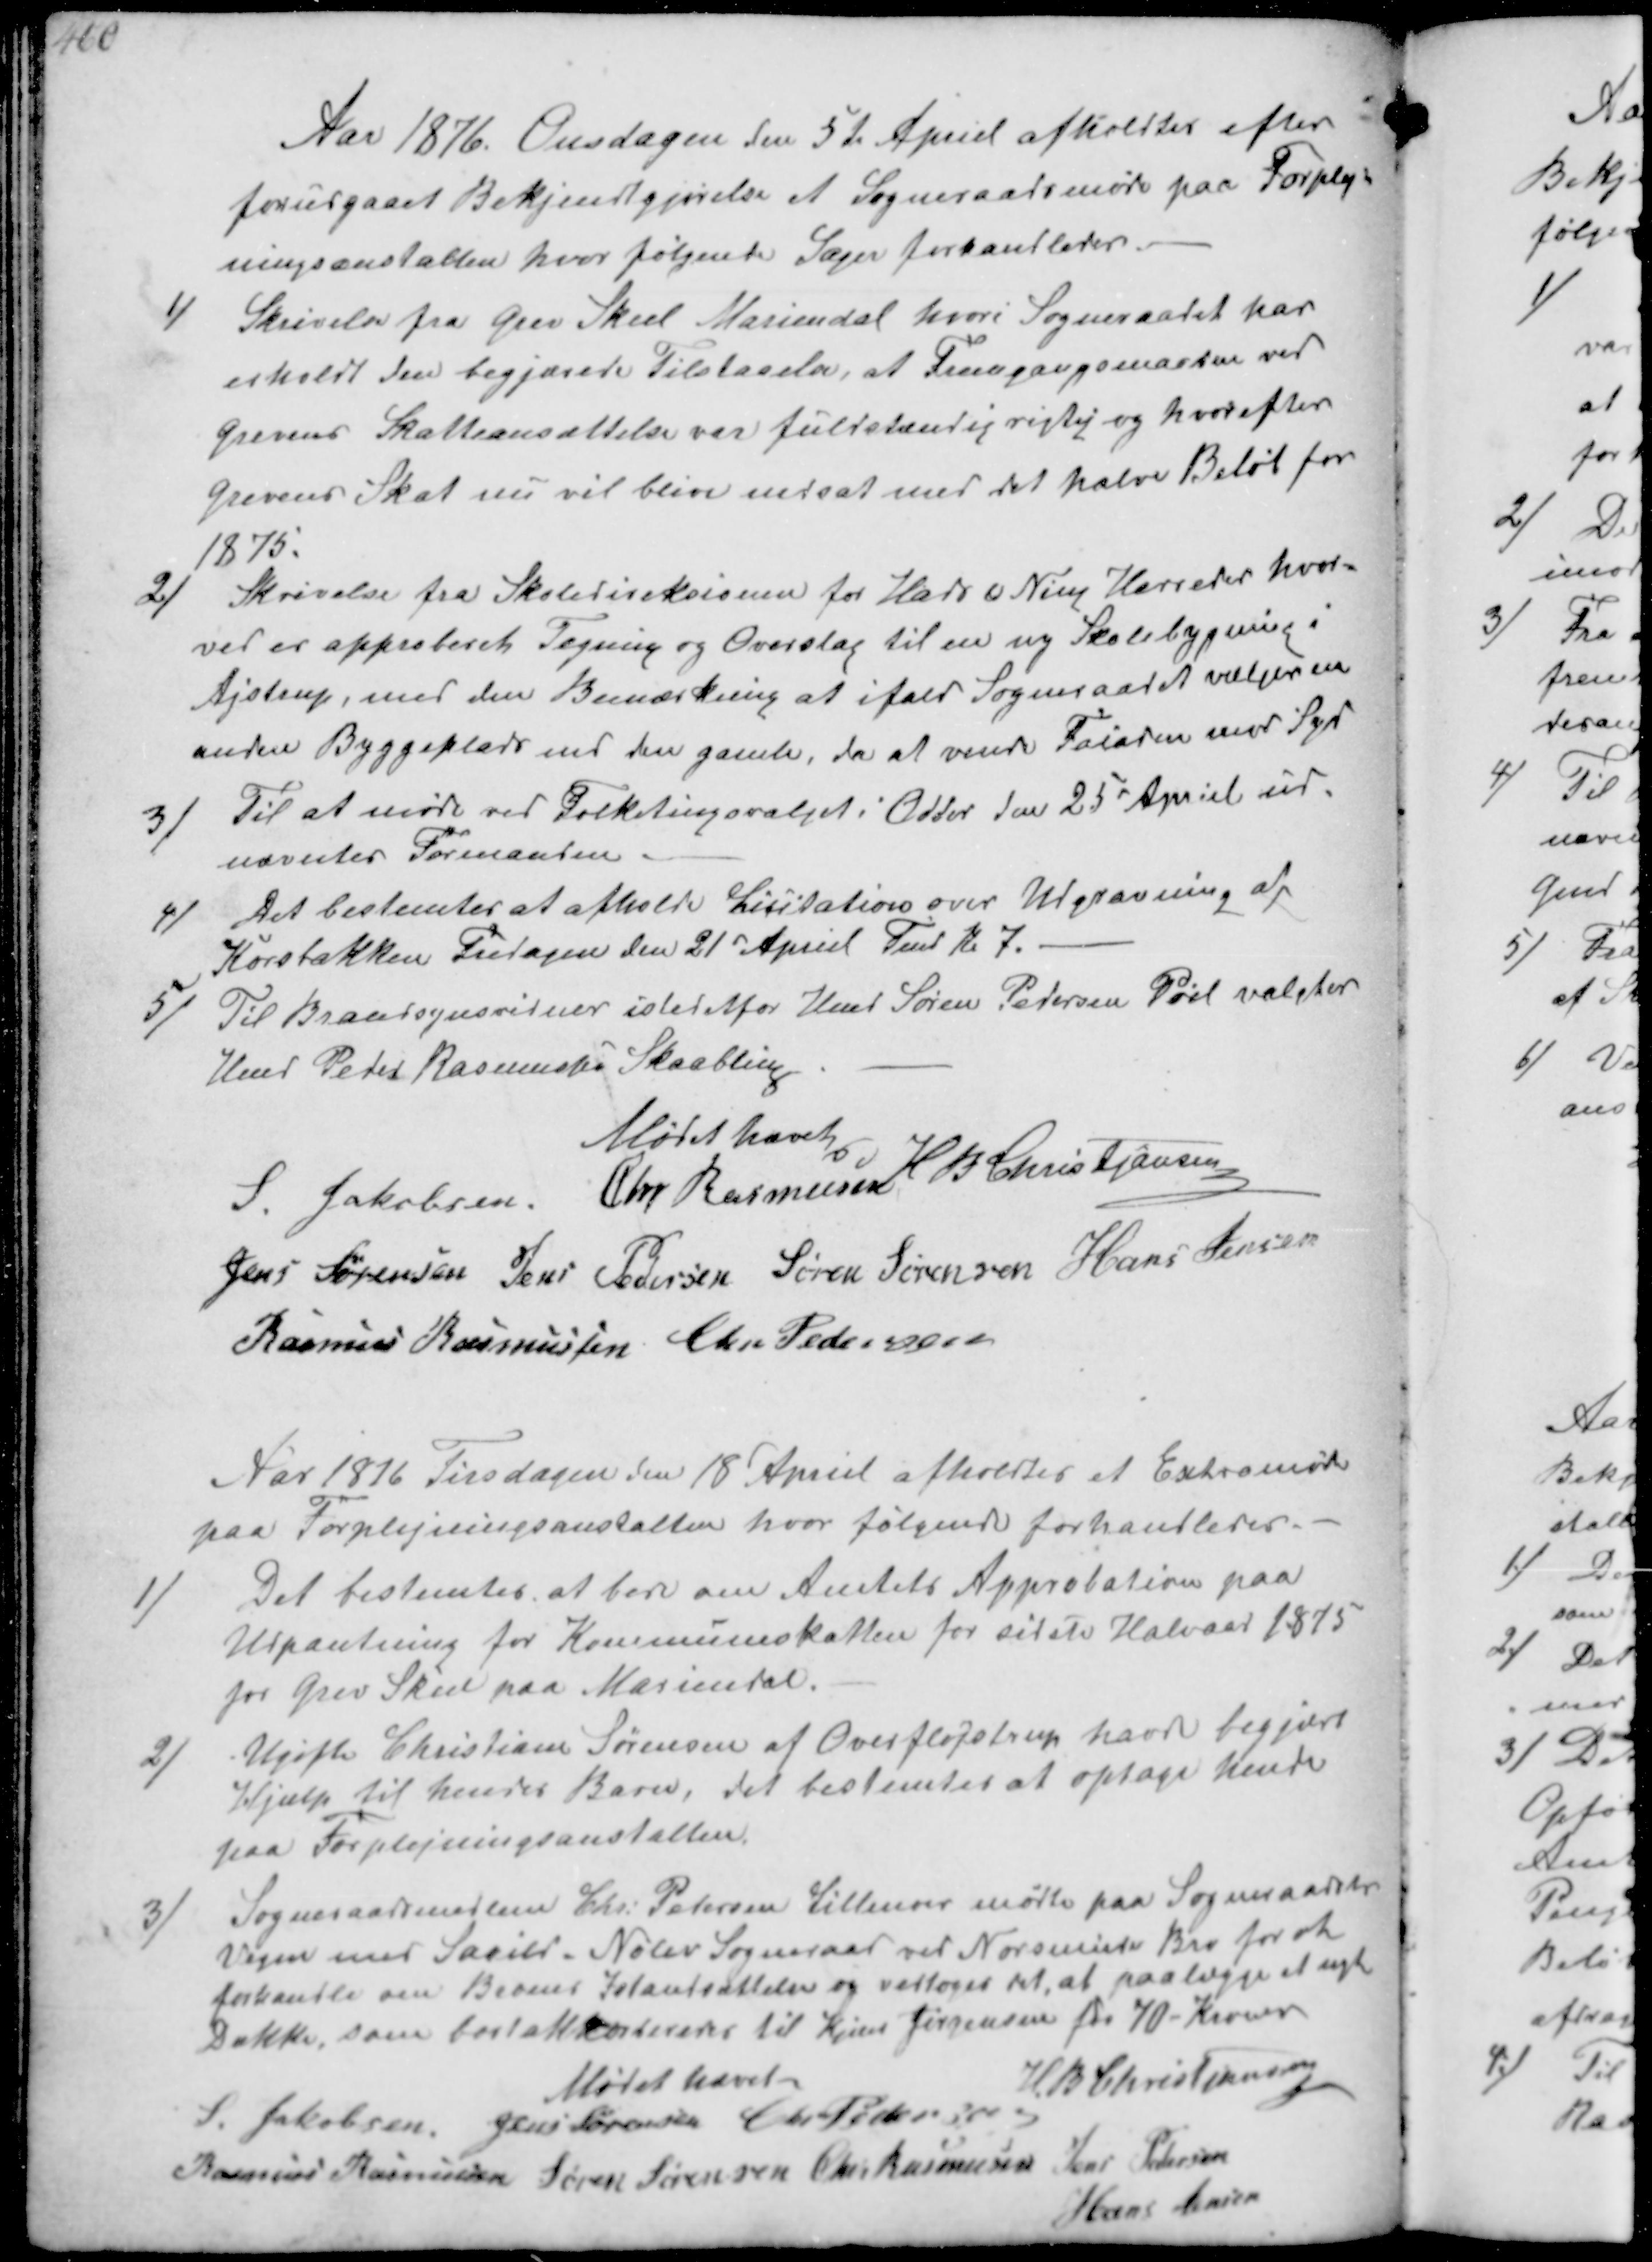
Transskription:
Aar 1876. Onsdagen den 5t April afholdtes efter
forudgaaet Bekjendtgjørelse et Sogneraadsmøde paa Forplej--
ningsanstalten hvor følgende Sager forhandledes.
1/ Skrivelse fra Grev Skeel Mariendal hvori Sogneraadet har
erholdt den begjærede Tilstaaelse, at Fremgangsmaaden ved
Grevens Skatteansættelse var fuldstændig rigtig og hvorefter
Grevens Skat nu vil blive nedsat med det halve Beløb for
1875
2/ Skrivelse fra Skoledireksionen for Hads & Ning Herreder hvor-
ved er approberet Tegning og Overslag til en ny Skolebygning i
Ajstrup, med den Bemærkning at ifald Sogneraadet vælger en
anden Byggeplads end den gamle, da at vende Facaden mod Syd
3/ Til at møde ved Folketingsvalget i Odder den 25d Apriel ud-
nævntes Formanden.
4/ Det bestemtes at afholde Licitation over Udgravning af
Korsbækken Fredagen den 21d Apriel Fmd Kl 7.
5/ Til Brandsynsvidner istedetfor Hmd Søren Pedersen Pøel valgtes
Hmd Peder Rasmussen Skaabling

Mødet hævet
S. Jakobsen Chr Rasmussen H B Christjansen
Jens Sørensen Jens Pedersen Søren Sørensen Hans Jensen
Rasmus Rasmussen Chr Pedersen

Aar 1876 Tirsdagen den 18d Apriel afholdtes et Extramøde
paa Forplejningsanstalten hvor følgende forhandledes.
1/
Det bestemtes at bede om Amtets Approbation paa
Udpantning for Kommuneskatten for sidste Halvaar 1875
for Grev Skeel paa Mariendal.
2/
Ugifte Christiane Sørensen af Overfløjstrup havde begjært
Hjælp til hendes Barn, det bestemtes at optage hende
paa Forplejningsanstalten.
3/ Sogneraadsmedlem Chr. Petersen Lillenor mødte paa Sogneraadets
Vegne med Saxild.Nølev Sogneraad ved Norsminde Bro for at
forhandle om Broens Istandsættelse og vedtoges det at paalægge nyt
Dække, som bortakkordereres til Kjen Jørgensen for 70-Kroner
Mødet hævet
H B Christjansen
S Jakobsen Jens Sørensen Chr Pedersen
Rasmus Rasmussen Søren Sørensen Chr Rasmussen Jens Pedersen
Hans Jensen